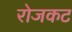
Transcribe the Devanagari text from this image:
रोजकट